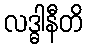
လဒ္ဓါနီတိ